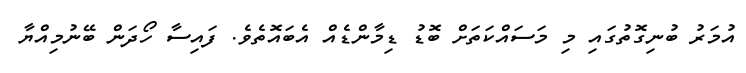
އުމަރު ބުނިގޮތުގައި މި މަސައްކަތަށް ބޮޑު ޑިމާންޑެއް އެބައޮތެވެ. ފައިސާ ހޯދަން ބޭނުމިއްޔާ